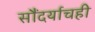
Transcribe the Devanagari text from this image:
सौंदर्याचही